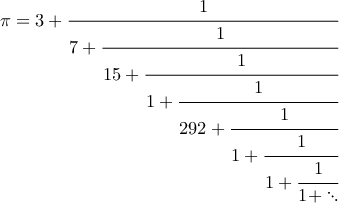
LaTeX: \pi = 3 + \textstyle { \cfrac { 1 } { 7 + \textstyle { \cfrac { 1 } { 1 5 + \textstyle { \cfrac { 1 } { 1 + \textstyle { \cfrac { 1 } { 2 9 2 + \textstyle { \cfrac { 1 } { 1 + \textstyle { \cfrac { 1 } { 1 + \textstyle { \cfrac { 1 } { 1 + \ddots } } } } } } } } } } } } } }